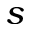
s